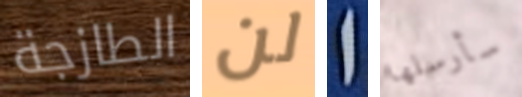
الطازجة لن ا سأرسلها